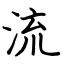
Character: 流